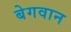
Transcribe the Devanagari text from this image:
बेगवान